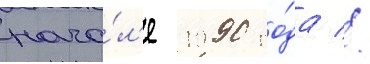
нача́л'е 1990 го́да //